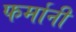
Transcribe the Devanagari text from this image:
फर्मानी